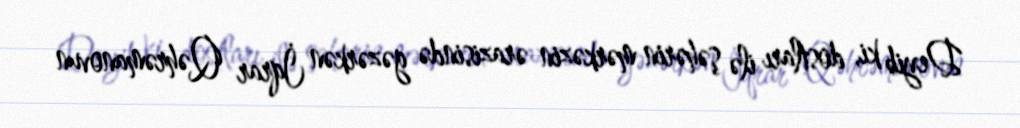
Deyib ki, dostları ilə şəhərin mərkəzin ərazisində gəzərkən İqrar Qəhrəmanovun